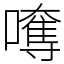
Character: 𡁯